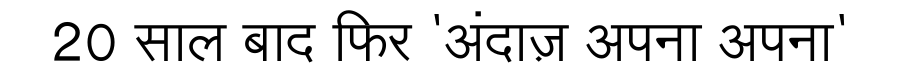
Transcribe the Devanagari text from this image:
20 साल बाद फिर 'अंदाज़ अपना अपना'